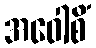
အဝေါစိံ